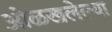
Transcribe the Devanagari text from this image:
ओळखलेल्या